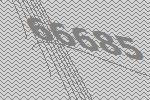
66685